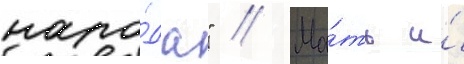
наро́да" // Ма́ть и́